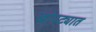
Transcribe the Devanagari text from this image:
खोपट्यात